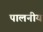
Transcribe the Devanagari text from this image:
पालनीय